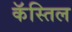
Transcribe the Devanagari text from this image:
कॅस्तिल